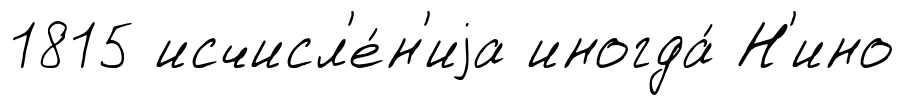
1815 исчисл'е́н'иjа иногда́ Н'ино